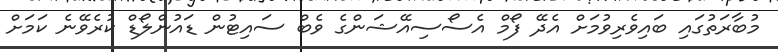
މުބާރަތުގައި ބައިވެރިވުމަށް އެދޭ ފޯމް އެސޯސިއޭޝަންގެ ވެބް ސައިޓުން ޑައުންލޯޑް ކުރެވޭނެ ކަމަށް